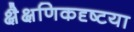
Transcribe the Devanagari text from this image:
क्षैक्षणिकदृष्टया